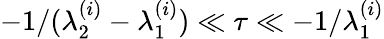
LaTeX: -1/(\lambda_{2}^{(i)}-\lambda_{1}^{(i)})\ll\tau\ll-1/\lambda_{1}^{(i)}